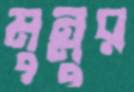
মুন্নুর